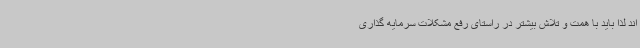
اند لذا باید با همت و تلاش بیشتر در راستای رفع مشکلات سرمایه گذاری